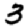
Digit: 3